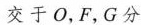
交于 O，F，G 分